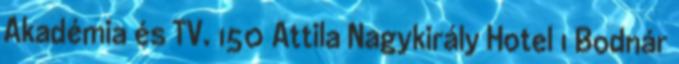
Akadémia és TV. 150 Attila Nagykirály Hotel 1 Bodnár